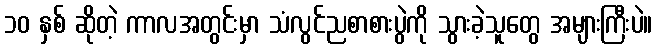
၁၀ နှစ် ဆိုတဲ့ ကာလအတွင်းမှာ သံလွင်ညစာစားပွဲကို သွားခဲ့သူတွေ အများကြီးပဲ။